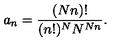
a _ { n } = \frac { ( N n ) ! } { ( n ! ) ^ { N } N ^ { N n } } .